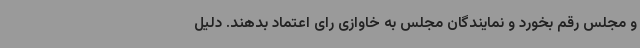
و مجلس رقم بخورد و نمایندگان مجلس به خاوازی رای اعتماد بدهند. دلیل